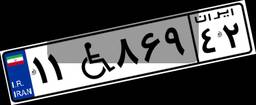
۲۸W۸۲۴۹۳